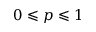
0 \leqslant p \leqslant 1